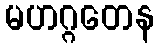
မဟဂ္ဂတေန